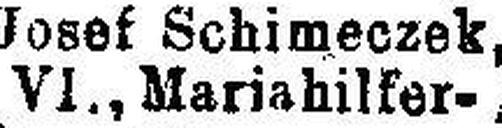
VI., Mariahilfer¬